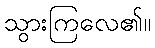
သွားကြလေ၏။